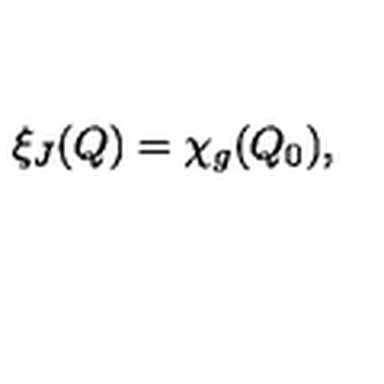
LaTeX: \xi _ { J } ( Q ) = \chi _ { g } ( Q _ { 0 } ) ,